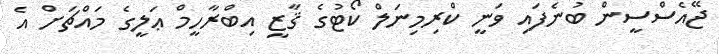
ޖޭއެސްސީން ބުނެފައި ވަނީ ކްރިމިނަލް ކޯޓުގެ ޤާޒީ އިބްރާހީމް ޢަލީގެ މައްޗަށް އެ